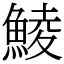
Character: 鯪